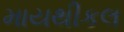
માયથીકલ